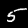
Digit: 5